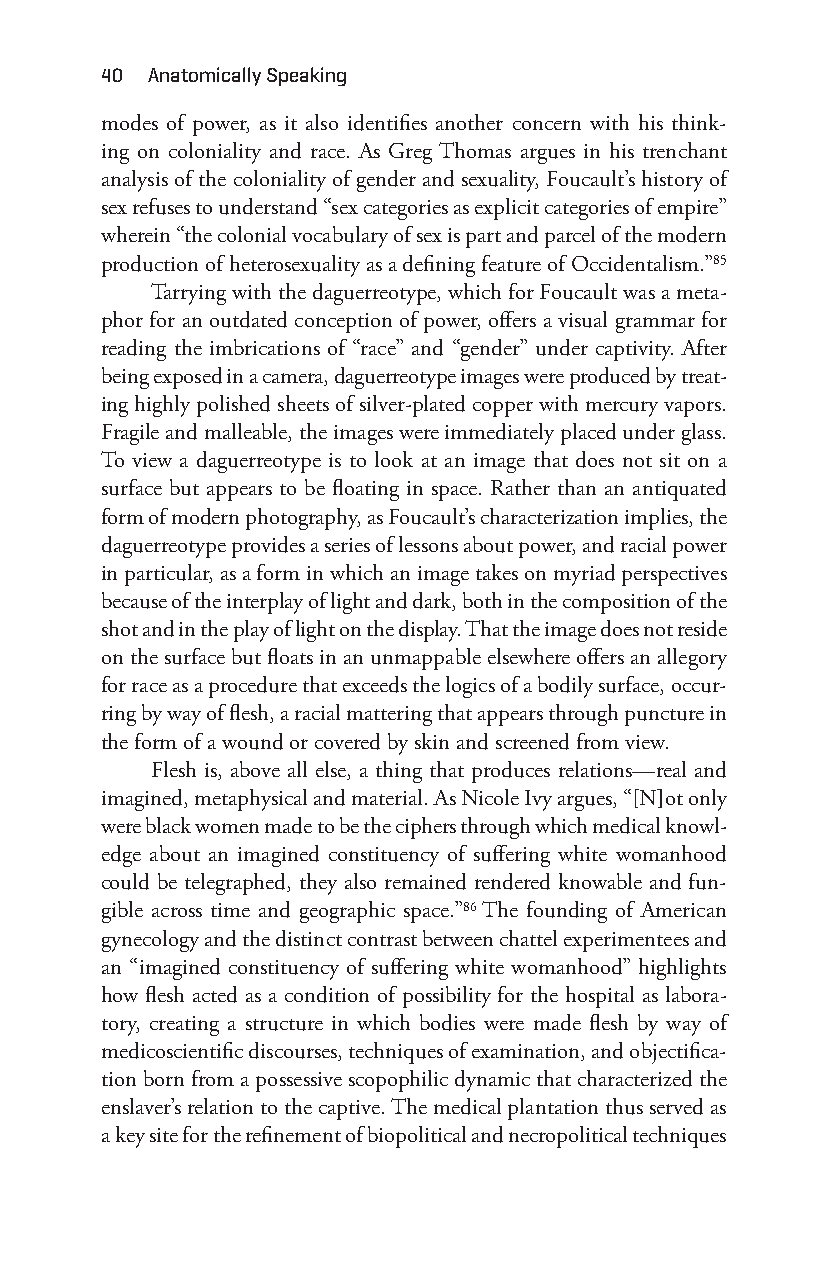
40 anatomically Speaking
 modes of power, as it also identifies another concern with his think-
 ing on coloniality and race. As Greg Thomas argues in his trenchant
 analysis of the coloniality of gender and sexuality, Foucault’s history of
 sex refuses to understand “sex categories as explicit categories of empire”
 wherein “the colonial vocabulary of sex is part and parcel of the modern
 production of heterosexuality as a defining feature of Occidentalism.”85
 Tarrying with the daguerreotype, which for Foucault was a meta-
 phor for an outdated conception of power, offers a visual grammar for
 reading the imbrications of “race” and “gender” under captivity. After
 being exposed in a camera, daguerreotype images were produced by treat-
 ing highly polished sheets of silver- plated copper with mercury vapors.
 Fragile and malleable, the images were immediately placed under glass.
 To view a daguerreotype is to look at an image that does not sit on a
 surface but appears to be floating in space. Rather than an antiquated
 form of modern photography, as Foucault’s characterization implies, the
 daguerreotype provides a series of lessons about power, and racial power
 in particular, as a form in which an image takes on myriad perspectives
 because of the interplay of light and dark, both in the composition of the
 shot and in the play of light on the display. That the image does not reside
 on the surface but floats in an unmappable elsewhere offers an allegory
 for race as a procedure that exceeds the logics of a bodily surface, occur-
 ring by way of flesh, a racial mattering that appears through puncture in
 the form of a wound or covered by skin and screened from view.
 Flesh is, above all else, a thing that produces relations— real and
 imagined, metaphysical and material. As Nicole Ivy argues, “[N]ot only
 were black women made to be the ciphers through which medical knowl-
 edge about an imagined constituency of suffering white womanhood
 could be telegraphed, they also remained rendered knowable and fun-
 gible across time and geographic space.”86 The founding of American
 gynecology and the distinct contrast between chattel experimentees and
 an “imagined constituency of suffering white womanhood” highlights
 how flesh acted as a condition of possibility for the hospital as labora-
 tory, creating a structure in which bodies were made flesh by way of
 medicoscientific discourses, techniques of examination, and objectifica-
 tion born from a possessive scopophilic dynamic that characterized the
 enslaver’s relation to the captive. The medical plantation thus served as
 a key site for the refinement of biopolitical and necropolitical techniques
 Snorton.indd 40                             29/09/2017 8:40:58 AM